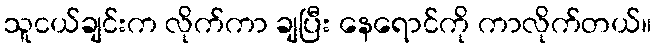
သူငယ်ချင်းက လိုက်ကာ ချပြီး နေရောင်ကို ကာလိုက်တယ်။